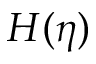
H ( \eta )